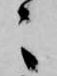
々